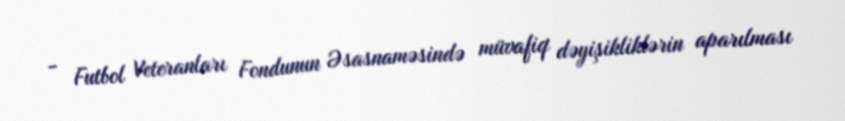
- Futbol Veteranları Fondunun Əsasnaməsində müvafiq dəyişikliklərin aparılması